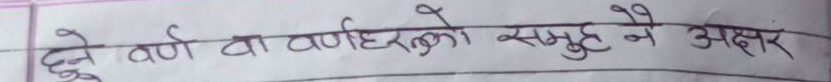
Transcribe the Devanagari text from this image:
दुई वर्ण वा वर्णहरुको समुह नै अक्षर